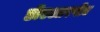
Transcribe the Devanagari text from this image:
डीएआरपीए